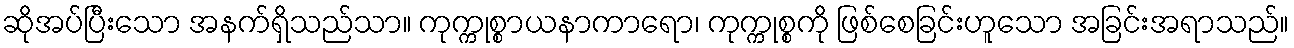
ဆိုအပ်ပြီးသော အနက်ရှိသည်သာ။ ကုက္ကုစ္စာယနာကာရော၊ ကုက္ကုစ္စကို ဖြစ်စေခြင်းဟူသော အခြင်းအရာသည်။